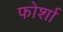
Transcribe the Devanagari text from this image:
फोर्शा